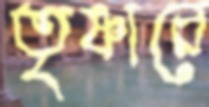
তৃষ্ণারে